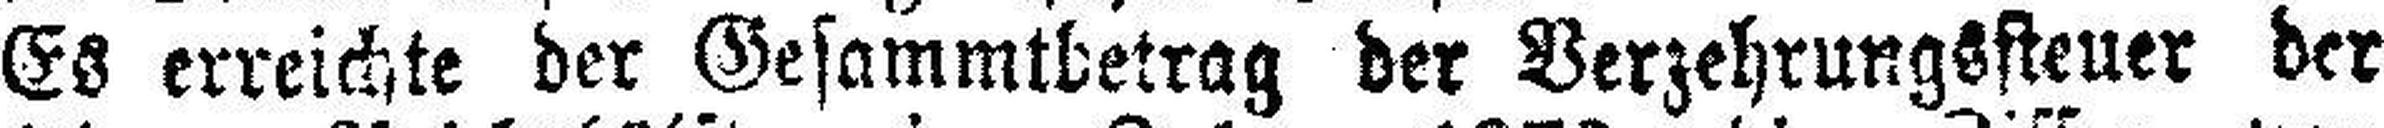
Es erreichte der Gesammtbetrag der Verzehrungssteuer der